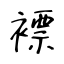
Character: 褾